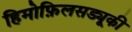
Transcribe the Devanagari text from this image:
हिमोफ़िलसड्यूकी